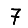
Digit: 7